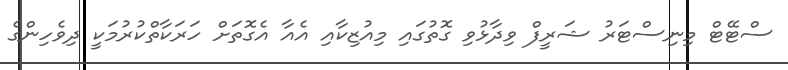
ސްޓޭޓް މިނިސްޓަރު ޝަރީފް ވިދާޅުވި ގޮތުގައި މިއުޒިކާއި އެއާ އެގޮތަށް ހަރަކާތްކުރުމަކީ ދިވެހިންގެ